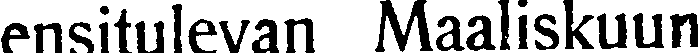
ensitulevan Maaliskuun